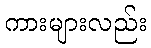
ကားများလည်း